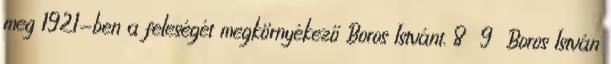
meg 1921-ben a feleségét megkörnyékező Boros Istvánt. 8 9 Boros István